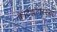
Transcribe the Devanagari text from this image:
क्वार्ट्‌झसारख्या